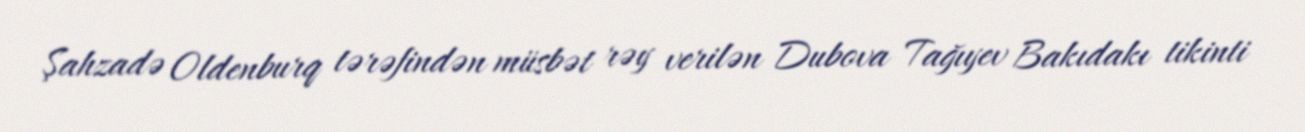
Şahzadə Oldenburq tərəfindən müsbət rəy verilən Dubova Tağıyev Bakıdakı tikinti